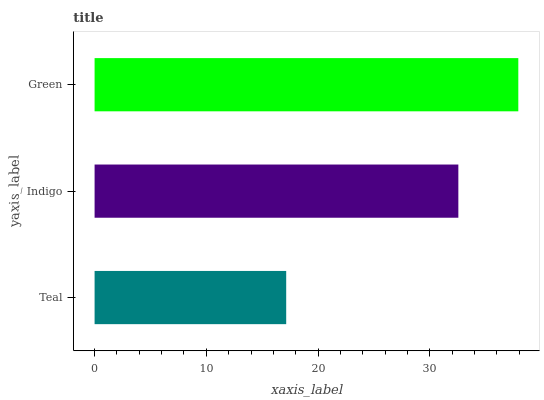
| yaxis_label | bars |
 | --- | --- |
 | Teal | 17.1 |
 | Indigo | 32.6 |
 | Green | 37.9 |